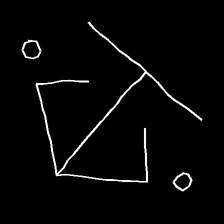
Glyph: earth